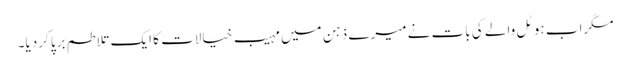
مگراب ہوٹل والے کی بات نے میرے ذہن میں مہیب خیالات کا ایک تلاطم برپا کردیا۔